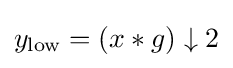
y_{\mathrm {low} }=(x*g)\downarrow 2